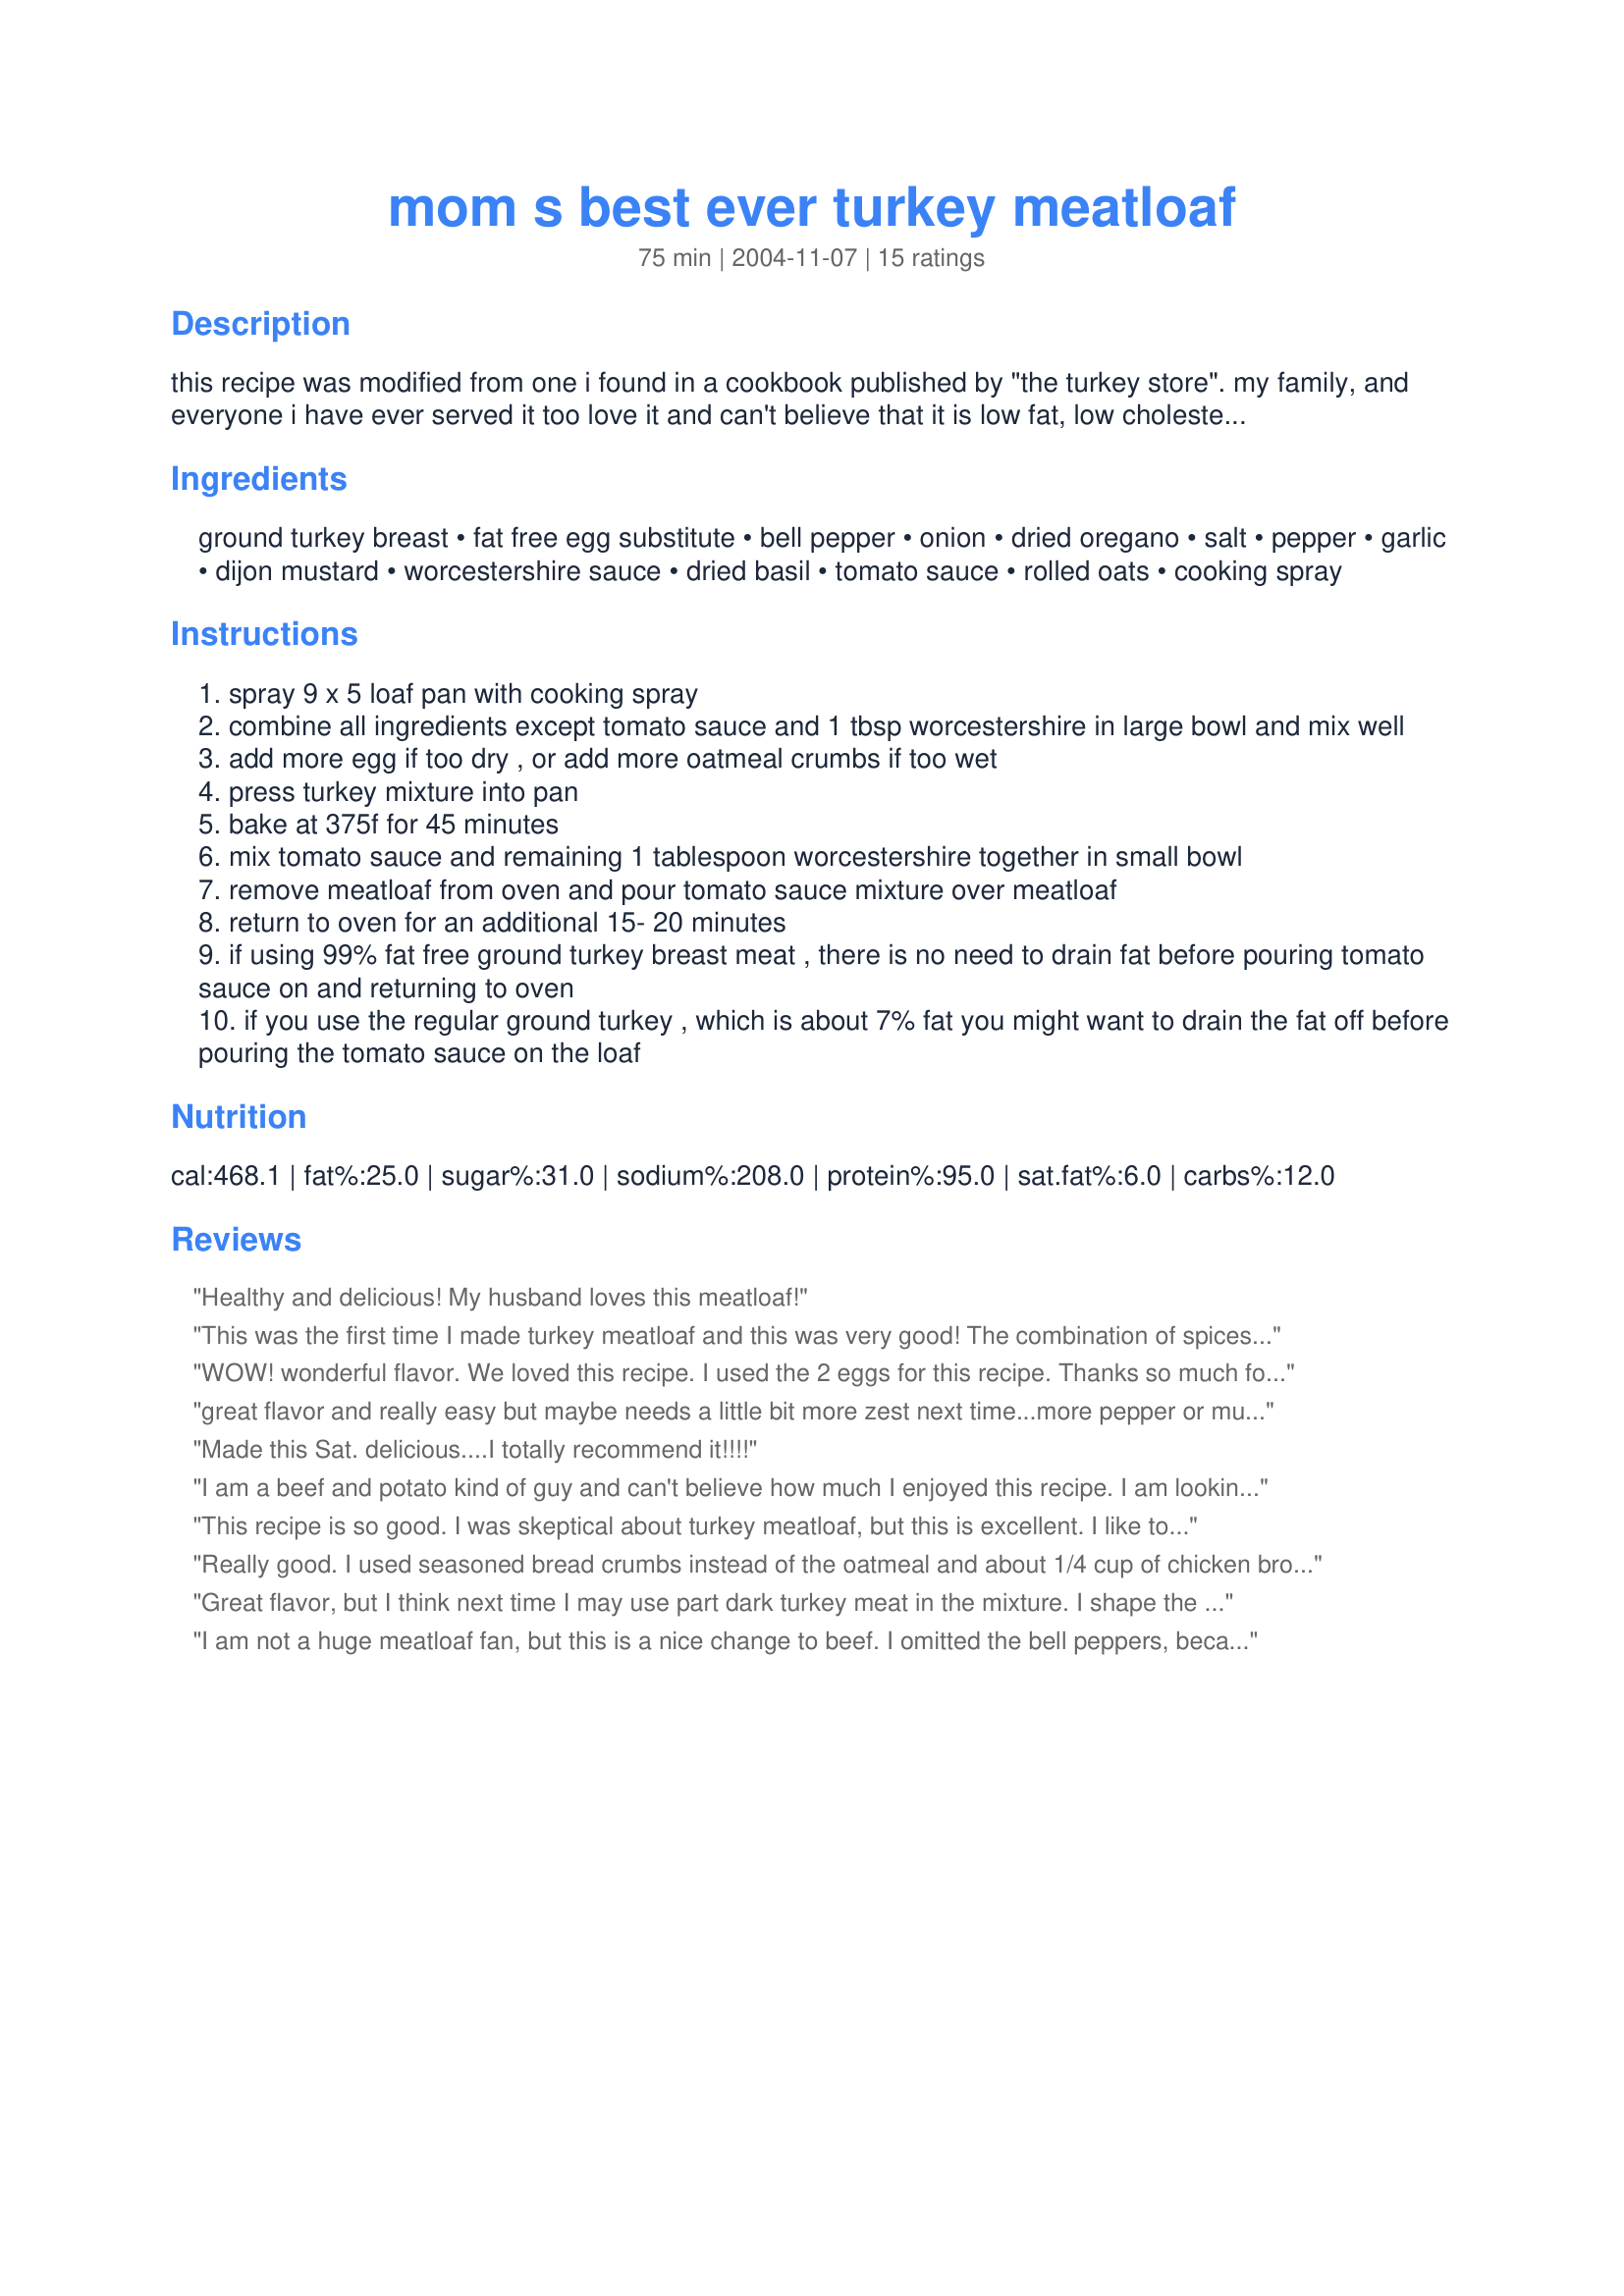
mom s best ever turkey meatloaf
Preparation time: 75 minutes

this recipe was modified from one i found in a cookbook published by "the turkey store". my family, and everyone i have ever served it too love it and can't believe that it is low fat, low cholesterol. and recently i started substituting oatmeal for bread crumbs since my husband's doctor put him on an even stricter diet than before. it is easy, there is no need to sauté the onions, bell pepper and garlic before mixing with the rest of the ingredients. it is also moist and very tasty. i usually serve with baked sweet potatoes and fresh green beans. it makes great sandwiches the next day.

Ingredients:
ground turkey breast, fat free egg substitute, bell pepper, onion, dried oregano, salt, pepper, garlic, dijon mustard, worcestershire sauce, dried basil, tomato sauce, rolled oats, cooking spray

Steps:
spray 9 x 5 loaf pan with cooking spray
combine all ingredients except tomato sauce and 1 tbsp worcestershire in large bowl and mix well
add more egg if too dry , or add more oatmeal crumbs if too wet
press turkey mixture into pan
bake at 375f for 45 minutes
mix tomato sauce and remaining 1 tablespoon worcestershire together in small bowl
remove meatloaf from oven and pour tomato sauce mixture over meatloaf
return to oven for an additional 15- 20 minutes
if using 99% fat free ground turkey breast meat , there is no need to drain fat before pouring tomato sauce on and returning to oven
if you use the regular ground turkey , which is about 7% fat you might want to drain the fat off before pouring the tomato sauce on the loaf

Reviews:
Healthy and delicious! My husband loves this meatloaf!
This was the first time I made turkey meatloaf and this was very good! The combination of spices and the mustard gave it wonderful flavors. The only change I made was I used 1 extra large egg and I thought it was a little dry. I guess next time I will have to put in another egg or maybe put in less oatmeal. Oh, another great thing about this recipe (with my 1 egg and based on 6 servings) it is only 4 WW points!
WOW! wonderful flavor. We loved this recipe. I used the 2 eggs for this recipe. Thanks so much for sharing this delicious recipe.
great flavor and really easy but maybe needs a little bit more zest next time...more pepper or mustard maybe. really like the oats.
Made this Sat. delicious....I totally recommend it!!!!
I am a beef and potato kind of guy and can't believe how much I enjoyed this recipe. I am looking forward to making this again and again!
This recipe is so good. I was skeptical about turkey meatloaf, but this is excellent. I like to make it in four mini-loaf pans for easy freezing. It makes rich, delicious sandwiches and is better than real meatloaf. Yum!
Really good. I used seasoned bread crumbs instead of the oatmeal and about 1/4 cup of chicken broth to beef up the flavor
Great flavor, but I think next time I may use part dark turkey meat in the mixture. I shape the mixture into a loaf shape and place in a roasting pan, that way it is very easy for the fat to drip off and get it out of the pan. My loaf was done after half an hour. Very, very good, but it got outshined by the mac and cheese side dish (which in all fairness has twice the calories and three times the fat per serving).
I am not a huge meatloaf fan, but this is a nice change to beef. I omitted the bell peppers, because I didn't want to make a trip to the store just for those, but I made the rest of the recipe as directed, using 2 eggs. I found that I basically used heaping 1/4 cup measures (three) of oats, because it was a bit wet with level measures. My husband and I thought the meatloaf was good, but needed a little something (like herbs or something - but we can't put our finger on it). I served this with Recipe #322275 and Recipe #285270. It was good, and I would probably make it again. Thanks!
It was good, but I thought, rather bland. I&#039;ll probably make the basic recipe again, but play around with the spices and and other flavoring. A good base though.
We really enjoyed this turkey loaf. I am going to make it again, but add a little nutmeg to the topping to give it a little "zing". that is in the topping of my regular meatloaf and everyone raves about it.<br/><br/>I also think I will add a little extra of the Oregano and basil - otherwise excellent.
This meatloaf is absolutely AWESOME! Moist with a fine texture, I loved every bite. Not to mention it's pretty economical to make. No question we will be having this again very soon.
This was good! The veggies kept the turkey nice and moist. As for the topping..I would stick w/ ketchup.Great recipe!
We absolutely love this meatloaf just the way it is! We have made it a dozen times...
